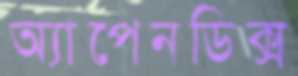
অ্যাপেনডিক্স